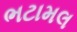
ભટામલ